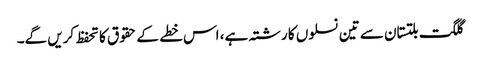
گلگت بلتستان سے تین نسلوں کا رشتہ ہے، اس خطے کے حقوق کا تحفظ کریں گے۔